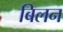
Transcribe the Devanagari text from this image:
बिलन